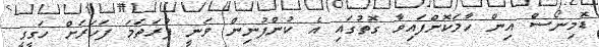
ޑޮމިނޯސް އިން ހާމަކޮށްފައިވާ ގޮތުގައި އެ ކުންފުނިން ވަނީ ފުރަތަމަ ފަހަރަށް ހަގީގީ